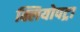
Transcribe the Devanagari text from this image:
क्लियोपट्रा